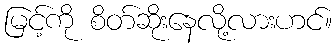
မြင့်ကို စိတ်ဆိုးနေလို့လားဟင်။